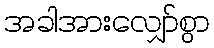
အခါအားလျှော်စွာ